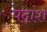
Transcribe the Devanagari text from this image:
पदांश